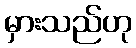
မှားသည်ဟု